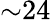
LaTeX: {\sim}24